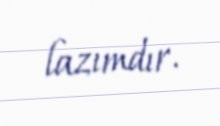
lazımdır.